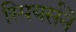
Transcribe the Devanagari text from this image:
स्पियर्सने